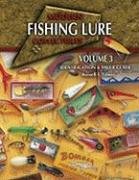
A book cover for Modern Fishing Lure Collectibles, Vol. 3: Identification & Value Guide; Russell E. Lewis; Crafts, Hobbies & Home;